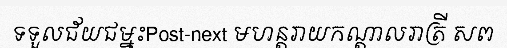
ទទួលជ័យជម្នះPost-next មហន្តរាយកណ្តាលរាត្រី សព